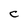
Character: C